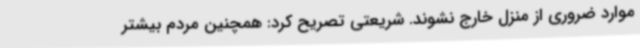
موارد ضروری از منزل خارج نشوند. شریعتی تصریح کرد: همچنین مردم بیشتر